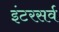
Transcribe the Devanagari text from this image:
इंटरसर्व